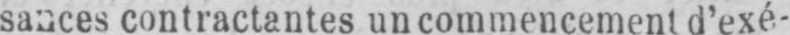
sances contractantes un commencement d’exé-